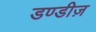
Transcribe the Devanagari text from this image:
डण्डीज़